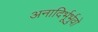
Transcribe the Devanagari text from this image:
अनादिर्भूर्भुवो